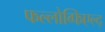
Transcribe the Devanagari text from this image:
फल्लोव्फिएल्द्